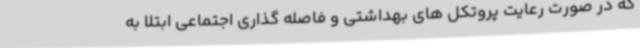
که در صورت رعایت پروتکل های بهداشتی و فاصله گذاری اجتماعی ابتلا به